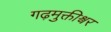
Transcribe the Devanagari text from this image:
गढ़मुक्तीश्वर